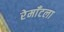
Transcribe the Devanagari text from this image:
रेमाँटला